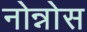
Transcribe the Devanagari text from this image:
नोन्नोस